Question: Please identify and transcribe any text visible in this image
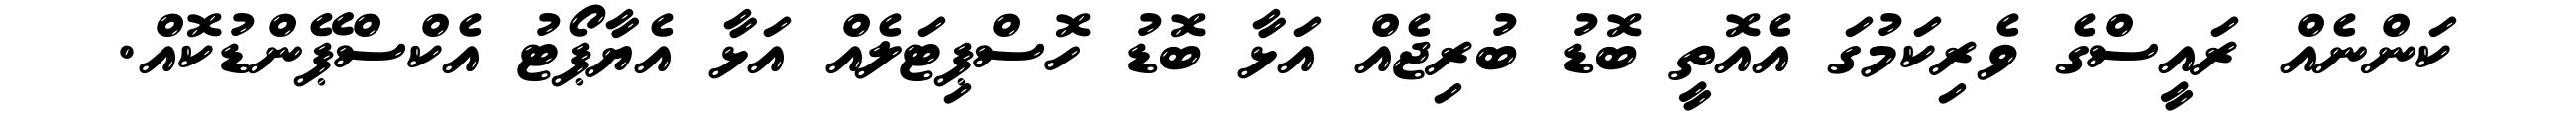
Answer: ކަންނެއް ރައީސްގެ ވެރިކަމުގަ އެއޮތީ ބޮޑު ބުރިޖެއް އަޅާ ބޮޑު ހޮސްޕިޓަލެއް އަޅާ އެޔާޕޯޓު އެކްސްޕޭންޑުކޮއް.